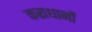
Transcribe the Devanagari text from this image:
कराधानों